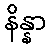
နိန္နာ